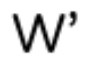
W'